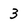
Character: 3